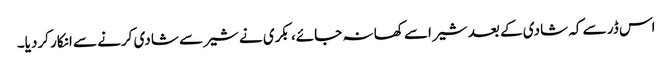
اس ڈر سے کہ شادی کے بعد شیر اسے کھا نہ جائے، بکری نے شیر سے شادی کرنے سے انکار کردیا۔